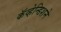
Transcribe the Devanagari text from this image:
कॅव्हेन्डिशने